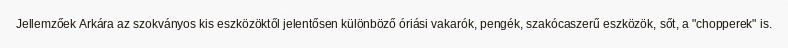
Jellemzőek Arkára az szokványos kis eszközöktől jelentősen különböző óriási vakarók, pengék, szakócaszerű eszközök, sőt, a "chopperek" is.